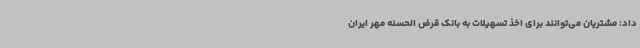
داد: مشتریان می‌توانند برای اخذ تسهیلات به بانک قرض الحسنه مهر ایران